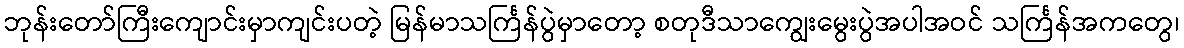
ဘုန်းတော်ကြီးကျောင်းမှာကျင်းပတဲ့ မြန်မာသင်္ကြန်ပွဲမှာတော့ စတုဒီသာကျွေးမွေးပွဲအပါအဝင် သင်္ကြန်အကတွေ၊